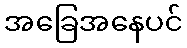
အခြေအနေပင်